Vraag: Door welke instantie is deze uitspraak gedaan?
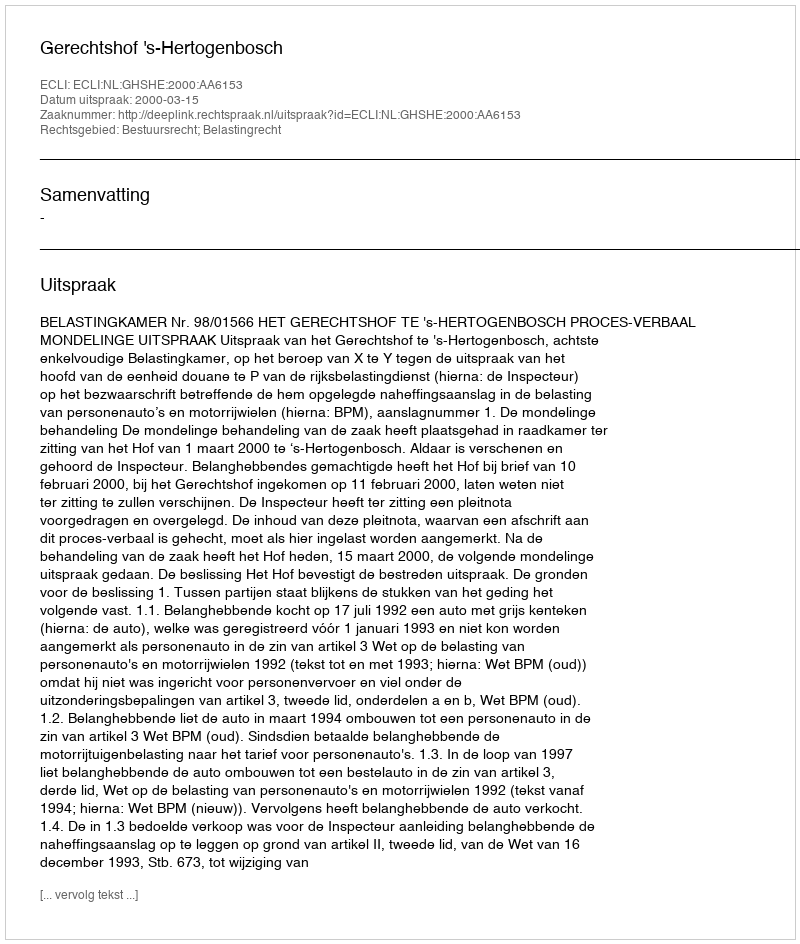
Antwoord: Gerechtshof 's-Hertogenbosch